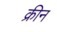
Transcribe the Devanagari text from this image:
क्रीन